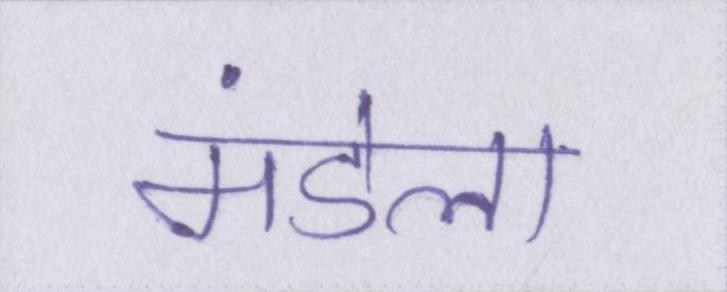
मंडेला